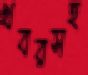
খবরসহ